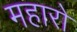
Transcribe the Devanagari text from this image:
महारो